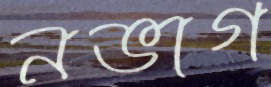
নভাগ